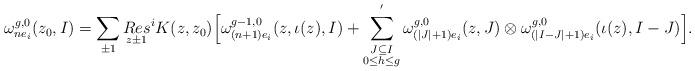
LaTeX: \begin{align*}\omega_{ne_i}^{g,0}(z_0, I)=\sum_{\pm 1}\underset{z\pm 1}{Res}{}^iK(z,z_0)\Bigl[ \omega_{(n+1)e_i}^{g-1,0}(z,\iota(z), I)+\sum_{\substack{J\subseteq I \\ 0\le h \le g }}^{'}\omega_{(|J|+1)e_i}^{g,0}(z,J)\otimes\omega_{(|I-J|+1)e_i}^{g,0}(\iota(z),I-J)\Bigr].\end{align*}